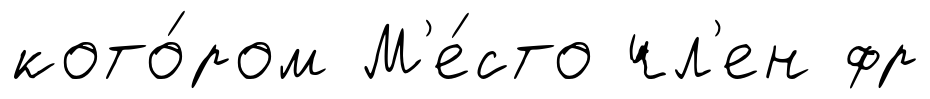
кото́ром М'е́сто чл'ен фр